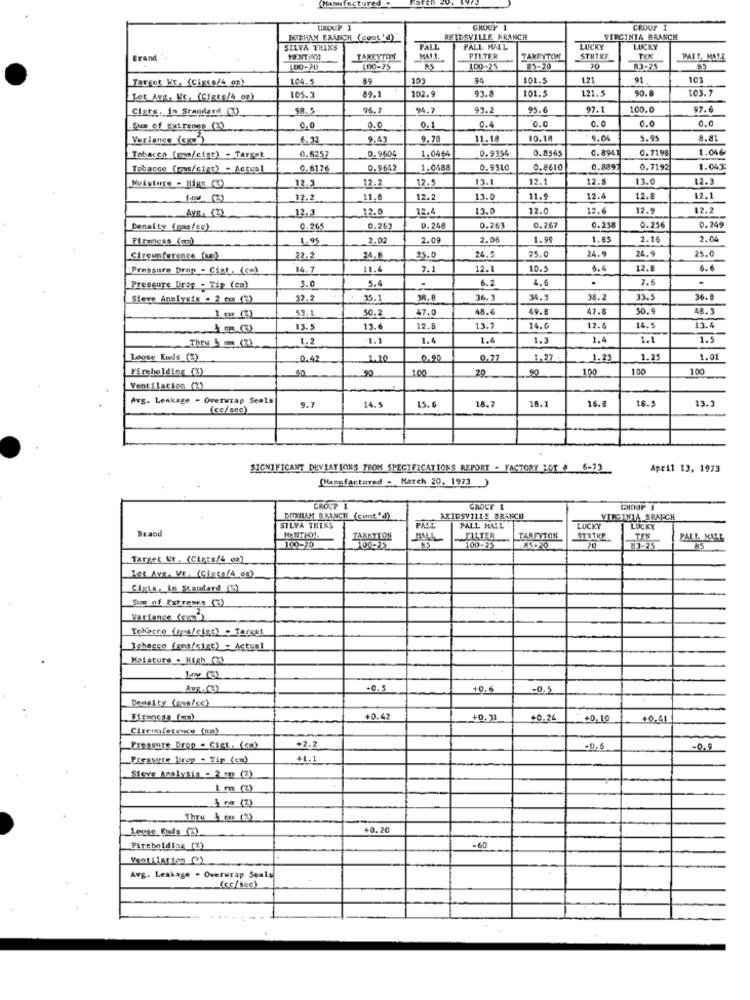
(Manufactured
GROUP 1
CROUP I
DOTEHAM BRANCH (cont 'd)_
REIDSVILLE BRANCH
VIRGINIA BRANCH
SILVA THINS
FALL
PALL MALL
LUCKY
LUCKY
Brand ',
TARETTON
PTITER
TARRYTON
STRIKE
PAIS, MAYI
LUO-20
00-75
100-25
85-20
70
83-25
Target NE. (Cisto/4 os)
1.04.5
89
103
94
121
91
103
102.9
L21.5
90.8
103.7
Lot Avg. Ve. (Cfgte/4_og)
105.3
89.1
93.8
101.5
Clets. in Standard (2)
$8.5
96.7
94.7
93.2
95.6
97.1
100.0
97.6
0.0
0.0
0.0
0.0
Sum of Extremgs (3)
0,0
0.0
0.1
0.4
6.92
9.63
9.78
11.18
10.1
9.04
9.95
8.81
0.9604
1.0464
0.9354
0.8565
0.894
0.7198
1.046
Tobacco (spn/cigt) - Target
0,8257
Tobacco (ras/cigt) - Actual
0.8176
0.9642
1.0488
0.9310
0.8610
0.8397
0.7192
1.043
12.9
13.1
12.1
12.
13.0
12.3
12.3
12.2
-
Log(3)
12.2
11.8
12.2
13.0
11.9
12.4
12.8
12.1
12,3
12.0
12.4
13.0
12.0
12.6
12.9
12.2
AVE. (2)
Density (sas/ce)
.265
0.262
0.248
0.263
0.267
0.258
0.256
0.249
Fifaness (cm)
1.95
2.02
2.09
2.06
1.99
1.85
2.16
2.04
24.9
Circumference (aa))
22.2
24.8
25.0
24.5
25.0
24.9
25.0
Pressure Drop - Cist. (cn)
14.7
11.4
7.1
12.1
10.5
6.4
12.8
6.6
6.2
4.6
7.6
Pressure Drop - Tip (co)
5.0
5.4
.
Steve Analysis . 2 cm (2)
32.2
15.1
38.8
36. ]
34.9
38.2
33.5
36.8
59.1
50.2
47.0
48.6
49. E
47.8
50.9
48.3
1 - (2)
13.5
13.6
12.8
13.7
14.0
12.6
14.5
13.4
They 3 (3)
1.2
1.1
1.4
1.4
1.3
1.4
1.1
1.5
Loose Ends (%)
0,42
1.10
0.90
0.77
1.27
1.23
1.25
1.01
Fireholding_(%)
100
20
90
100
100
100
Ventilacion (2)
Avg. Leakage - Overwrap Seals
18.1
16.8
18.5
13.3
(ce/ sec)
9.7
14.5
15.6
18.7
SIGNIFICANT DEVIATIONS FROM SPECIFICATIONS REPORT - FACTORY LOT # 6-12
April 13, 1973
(Hansfactured - March 20, 1973 )
GROUP 1
CROCE 1
SILVA THINS
DITERIAM BRANCH (cont'd)
REIDSVILLE BRANCH
PALL MALL
MEGINTA SRAPCH
Brand
PAL
LUCKY
LUCKY
TAKKTILON
TARFYTON
PALL MALL
100-20
00-25.
100-25
70
81-25
53
Target Nr. (Cigre/6 0g)
Lot Ava. Vt. (Cista/4.90)
Cigte, in Standard (2)
Sup of Extremes (3)
Vartance (com))
Tobacco (gps/cist) - Target
Moisture . High (2)
Avz. (3)
-0.5
10.6
0.5
Density (80s/s)
+0.45
+0,31
+0.24
+0.10
+0,41
+2.2
Pressure Drop . Gigt. (cm)
-0.6
0.5
Pressure Drop . Tip (cm)
+1.1
Sieve Analysis - 2 en (2)
1 mm (3)
Thru 4_en (2)
Leese Sada (2)
+0.20
Fireboldias (%)
-60
Ventilation ()
Avg. Leakage . Overwrap Seals
(cc/sec)